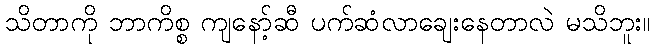
သိတာကို ဘာကိစ္စ ကျနော့်ဆီ ပက်ဆံလာချေးနေတာလဲ မသိဘူး။